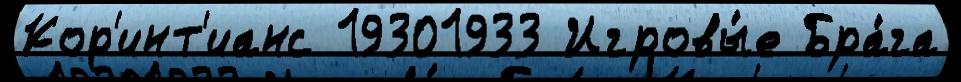
Кор'инт'ианс 19301933 Игровы́е Бра́га